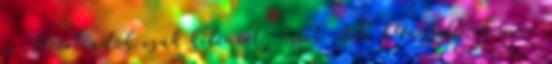
is. Azért adok csak kilencet, mert Jill Mansellnek már